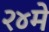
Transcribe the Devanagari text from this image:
२४मे